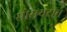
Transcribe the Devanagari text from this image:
सोसयटीने